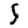
Digit: 5